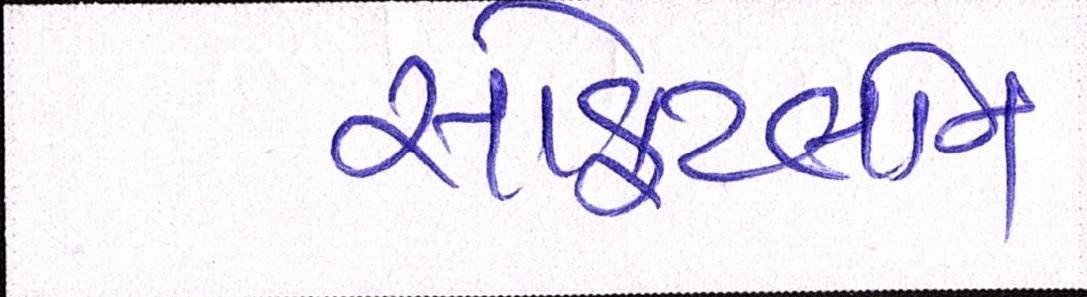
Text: સોફટલોન